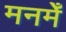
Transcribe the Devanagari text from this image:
मनमेँ